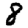
Digit: 8